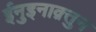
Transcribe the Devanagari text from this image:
ईनुइनाक़्तुन